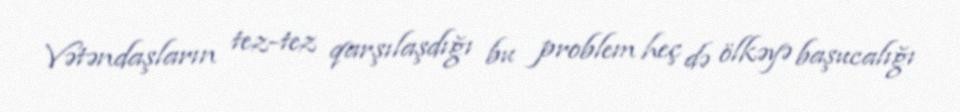
Vətəndaşların tez-tez qarşılaşdığı bu problem heç də ölkəyə başucalığı